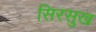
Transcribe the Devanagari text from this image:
सिरसुख